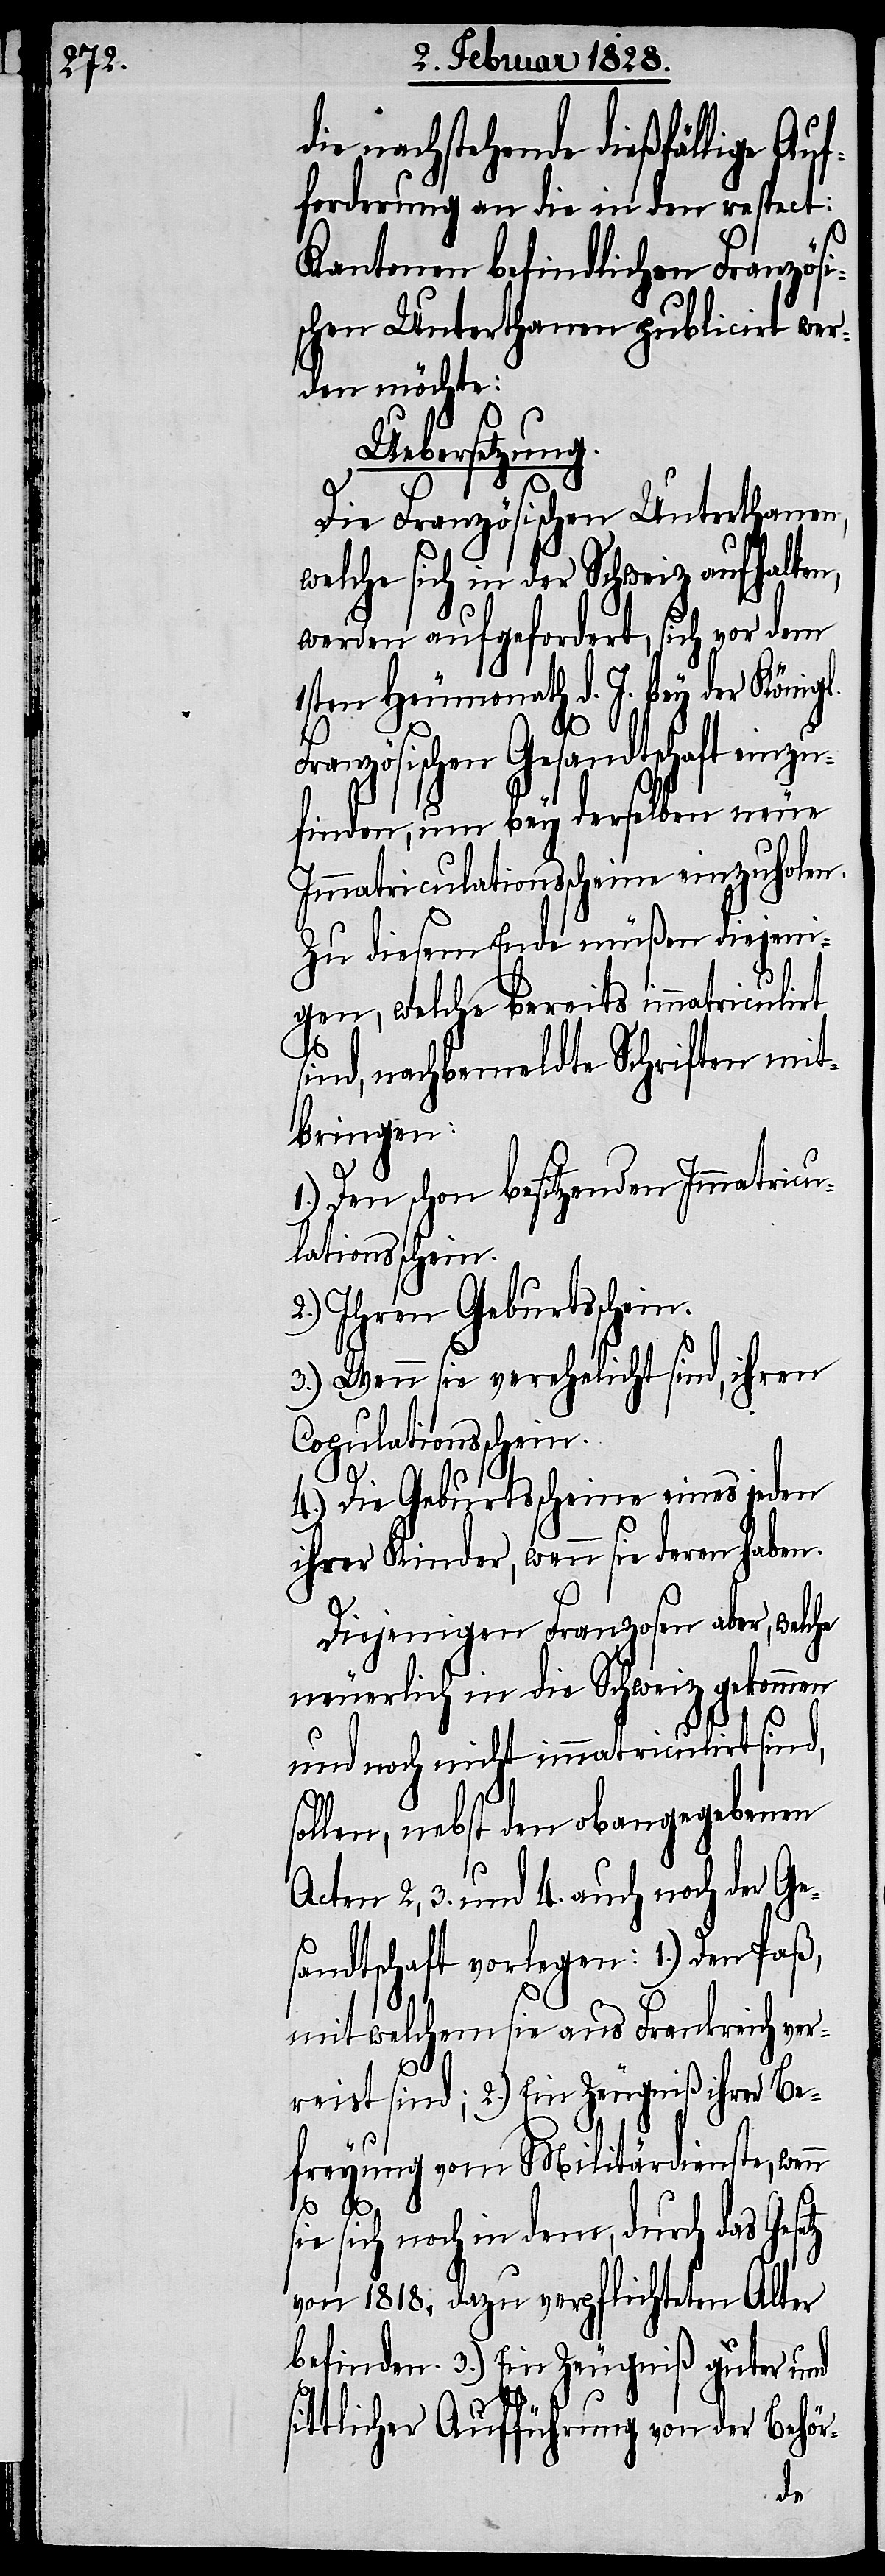
die nachstehende dießfällige Au¬
forderung an die in den respect:
Kantonen befindlichen Französi¬
schen Unterthanen publicirt wer¬
den möchte:
Uebersetzung.
tz
Die Französischen Unterthanen,
welche sich in der Schweiz aufhalten,
werden aufgefordert, sich vor dem
1sten Heumonath d. J. bey der Königl.
Französischen Gesandtschaft einzu¬
finden, um bey derselben neue
Immatriculationsscheine einzuholen.
Zu diesem Ende müßen diejeni¬
gen, welche bereits immatriculirt
sind, nachbemeldte Schriften mit¬
bringen:
1.) Den schon besitzenden Immatricu¬
lationsschein.
2.) Ihren Geburtsschein.
3.) Wenn sie verehelicht sind, ihren
Copulationsschein.
4.) Die Geburtsscheine eines jeden
ihrer Kinder, wenn sie deren haben.
Diejenigen Franzosen aber, welche
neuerlich in die Schweiz gekommen
und noch nicht immatriculirt sind,
sollen, nebst den obangegebenen
Acten 2, 3. und 4. auch noch der Ge¬
sandtschaft vorlegen: 1.) Den Paß,
mit welchem sie aus Frankreich ver¬
reist sind; 2.) Ein Zeugniß ihrer Be¬
freyung vom Militärdienste, wen¬
sie sich noch in dem, durch das Gese¬
von 1818. dazu verpflichteten Alter
befinden. 3.) Ein Zeugniß guter und
sittlicher Aufführung von der Behör-